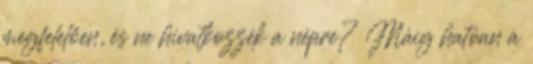
megfelelően, és ne hivatkozzék a népre? Máig hatóan a